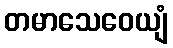
တမာသေဝေယျံ